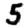
Digit: 5